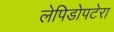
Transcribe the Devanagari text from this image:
लेपिडोपटेरा